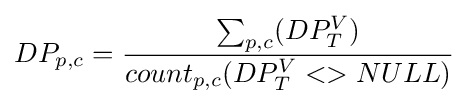
DP_{p,c}={\frac {\sum _{p,c}(DP_{T}^{V})}{count_{p,c}(DP_{T}^{V}<>NULL)}}